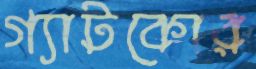
গ্যাটকোর